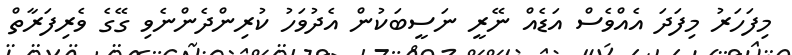
މިފަހަރު މިފަދަ އެއްވެސް އަޑެއް ނޭރީ ނަސީބަކުން އެދުވަހު ކުރިންދެންނެވި ގޭގެ ވެރިފަރާތް